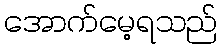
အောက်မေ့ရသည်